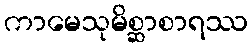
ကာမေသုမိစ္ဆာစာရဿ